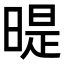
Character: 𣉆